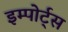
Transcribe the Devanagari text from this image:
इम्पोर्ट्स